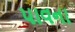
પાવના